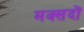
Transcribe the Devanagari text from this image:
मक्सदों